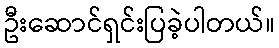
ဦးဆောင်ရှင်းပြခဲ့ပါတယ်။